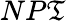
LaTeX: NP\mathfrak{T}